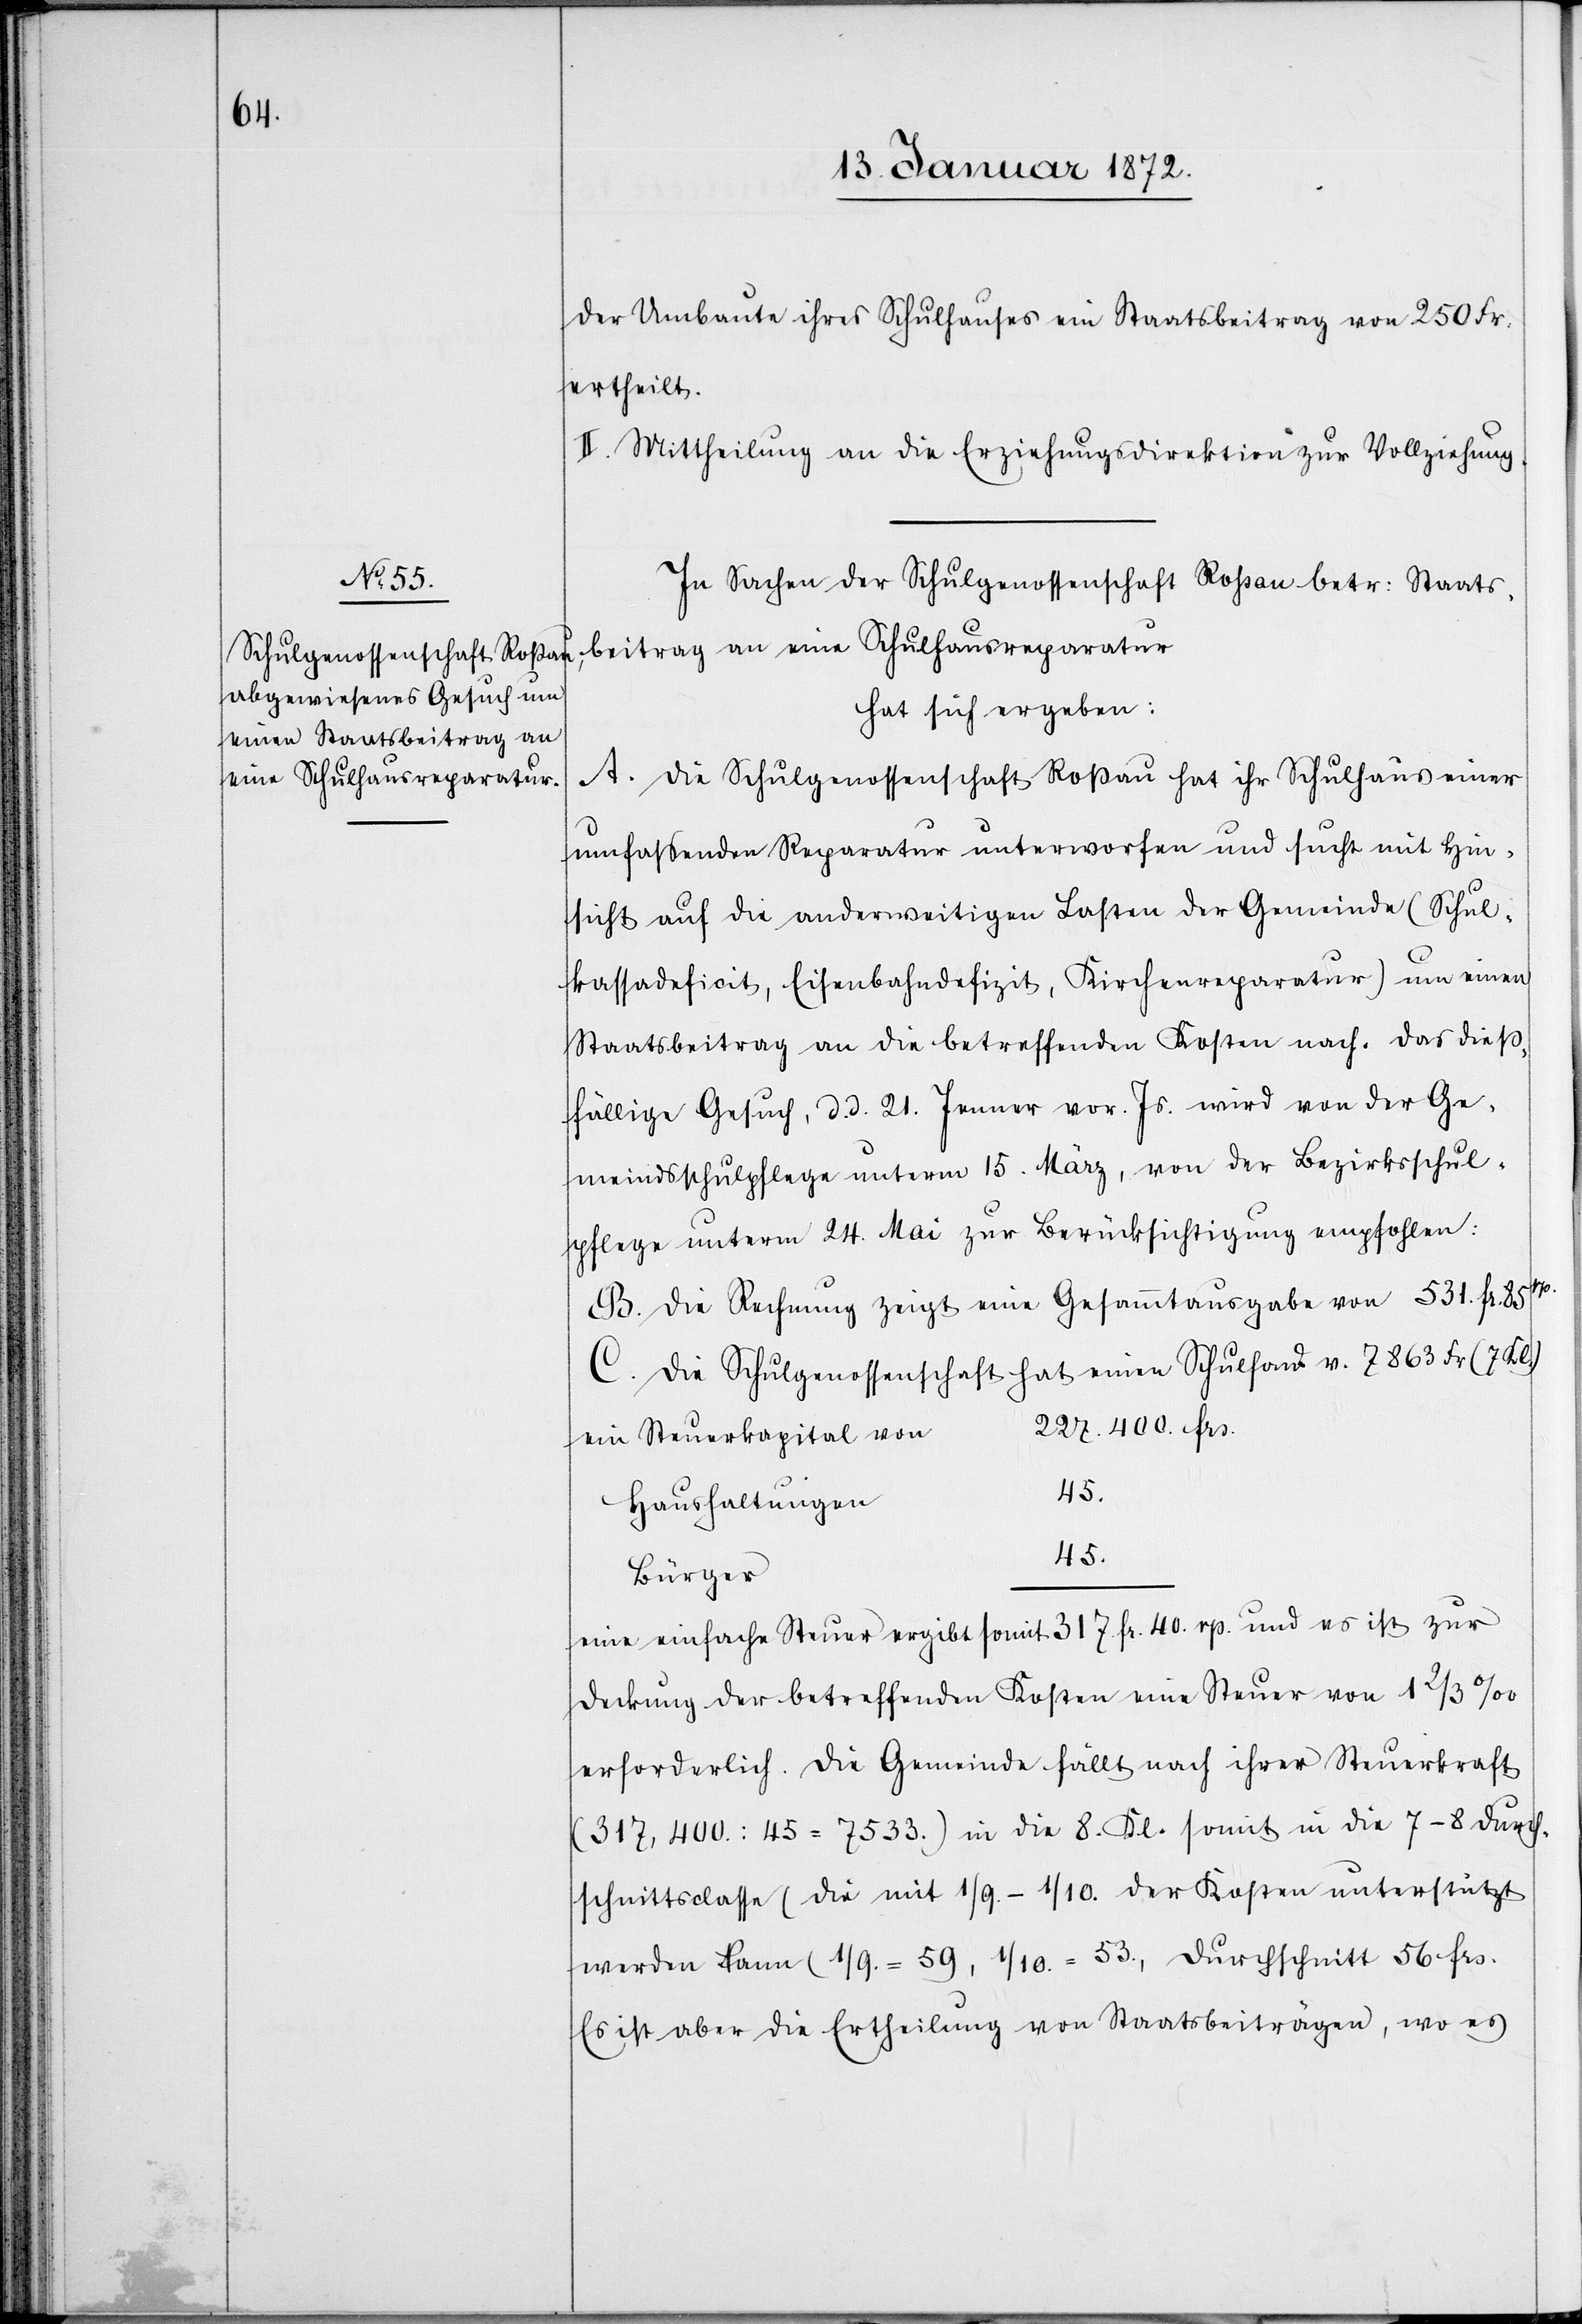
beitrag

der Umbaute ihres Schulhauses ein Staatsbeitrag von 250 Fr.
ertheilt.
II. Mittheilung an die Erziehungsdirektion zur Vollziehung.
In Sachen der Schulgenossenschaft Roßau betr. Staats¬
hat sich ergeben:
A. Die Schulgenossenschaft Roßau hat ihr Schulhaus einer
eine Schulhausreparatur
umfaßenden Reparatur unterworfen und sucht mit Hin¬
sicht auf die anderweitigen Lasten der Gemeinde (Schul¬
kassadeficit, Eisenbahndefizit, Kirchenreparatur) um einen
Staatsbeitrag an die betreffenden Kosten nach. Das dieß¬
fällige Gesuch, d. d. 21. Jenner vor. Js. wird von der Ge¬
meindsschulpflege unterm 13. März, von der Bezirksschul¬
pflege unterm 24. Mai zur Berücksichtigung empfohlen:
B. Die Rechnung zeigt eine Gesammtausgabe von 531. fr. 85rp.
C. Die Schulgenossenschaft hat einen Schulfond v. 7863 Fr (7 [?].)
227,400. frs.
ein Steuerkapital von
45
Haushaltungen
Bürger
eine einfache Steuer ergibt somit 317. fr. 40. rp. und es ist zur
Deckung der betreffenden Kosten eine Steuer von 1 2/3 ‰
erforderlich. Die Gemeinde fällt nach ihrer Steuerkraft
(317,400. : 45 = 7533.) in die 8. Kl. somit in die 7–8 Durch¬
schnittsclasse (die mit 1/9.–1/10. der Kosten unterstützt
werden kann (1/9. = 59, 1/10. = 53., Durchschnitt 56 frs.
Es ist aber die Ertheilung von Staatsbeiträgen, wo es